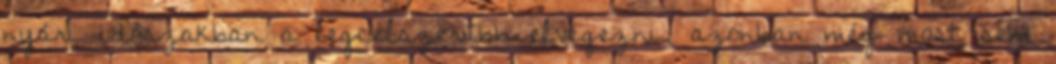
nyári időszakban a legcélszerűbb elvégezni, azonban még most sem